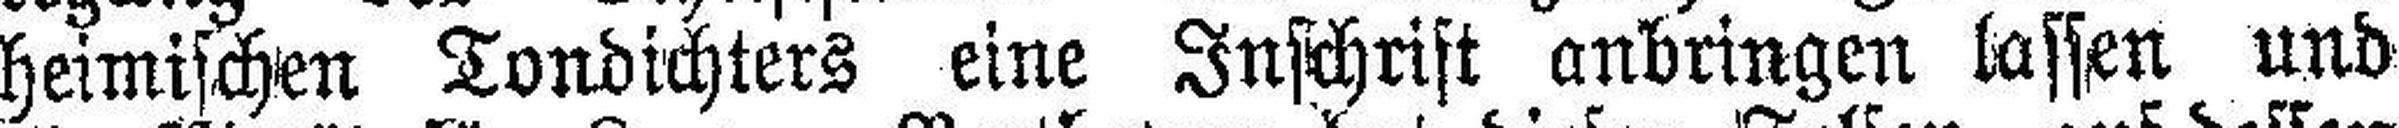
heimischen Tondichters eine Inschrift anbringen lassen und